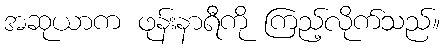
အဆုယာက ဖုန်းနာရီကို ကြည့်လိုက်သည်။